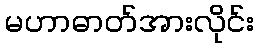
မဟာဓာတ်အားလိုင်း